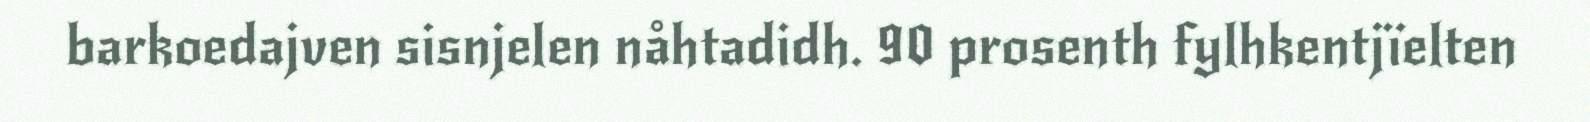
barkoedajven sisnjelen nåhtadidh. 90 prosenth fylhkentjïelten